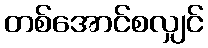
တစ်အောင်စလျှင်